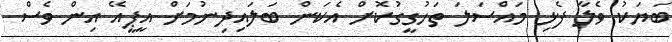
ބަޔަކު ވެލާ ފެޅި މައްސަލަ ތަހުގީގުކޮށް އެކަން ބަލައިދިނުމަށް އީޕީއޭ އިން ވެސް